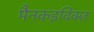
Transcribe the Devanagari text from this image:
मैनकइविक्ज़